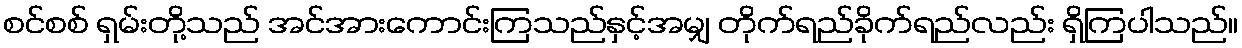
စင်စစ် ရှမ်းတို့သည် အင်အားကောင်းကြသည်နှင့်အမျှ တိုက်ရည်ခိုက်ရည်လည်း ရှိကြပါသည်။